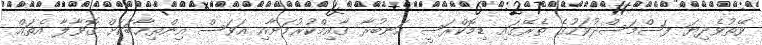
ވޭތުވެދިޔަ ފަސްމަސްދުވަހުގެ ތެރޭގައި ޑިމޮކްރަސީ އަނބުރާ ގާއިމްކުރުމަށާއި އަވަސް އިންތިޚާބަކަށް ގޮވާލާ އެތައް